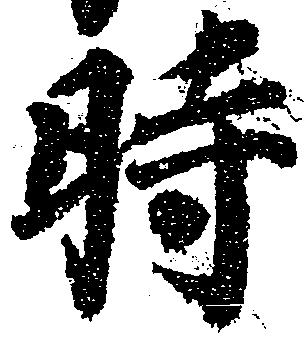
時